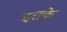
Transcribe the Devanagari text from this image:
इराके